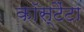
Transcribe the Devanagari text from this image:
कॉस्टैंटा